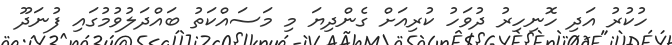
ހުކުރު އަދި ހޮނިހިރު ދުވަހު ކުރިއަށް ގެންދިޔަ މި މަސައްކަތު ބައްދަލުވުމުގައި ފުނަދޫ